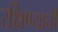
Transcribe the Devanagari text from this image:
रक्षिण्याची